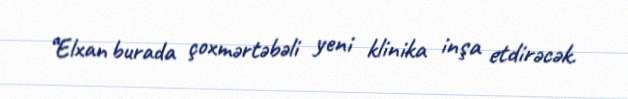
“Elxan burada çoxmərtəbəli yeni klinika inşa etdirəcək.